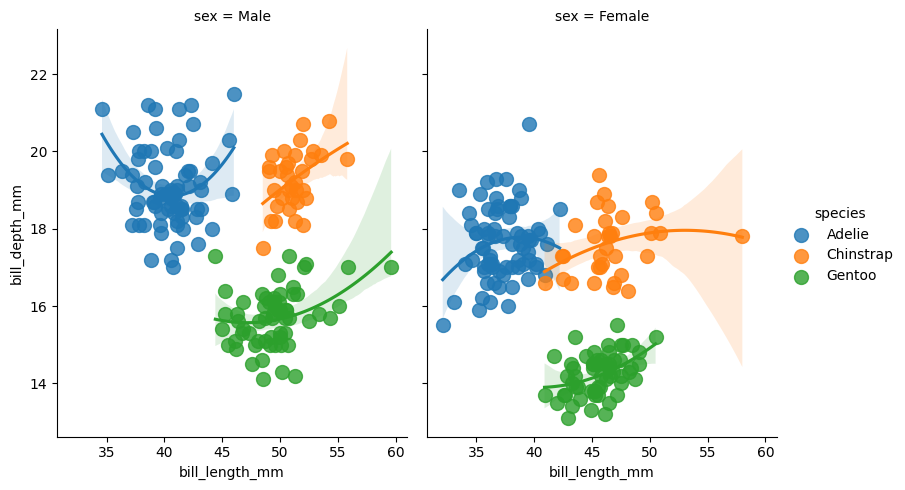
python, seaborn, lmplot, aspect=0.8, order=2, markers='o'